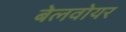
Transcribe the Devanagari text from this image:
बेलवोयर